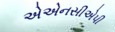
એએનસીએપી